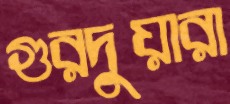
গুরদুয়ারা